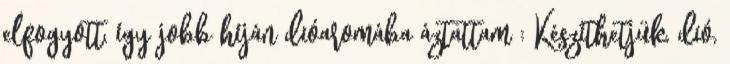
elfogyott, így jobb híján dióaromába áztattam : Készíthetjük, dió,